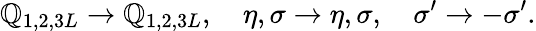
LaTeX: \mathbb{Q}_{1,2,3L}\to\mathbb{Q}_{1,2,3L},\quad\eta,\sigma\to\eta,\sigma,\quad\sigma^{\prime}\to-\sigma^{\prime}.